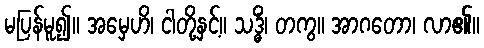
မပြန်မူ၍။ အမှေဟိ၊ ငါတို့နှင့်။ သဒ္ဓိံ၊ တကွ။ အာဂတော၊ လာ၏။